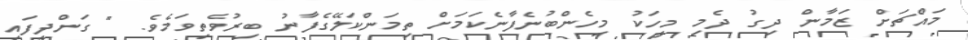
މައްޗަށް ޒަމާން ދިގު ދެމި މީހަކު މިހެންބުނެފާނެކަމަށް ތިމަންކަލޭގެފާނު ބިރުވެތިވަމެވެ. " ގަންދީފައި